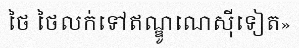
ថៃ ថៃលក់ទៅឥណ្ឌូណេស៊ីទៀត»